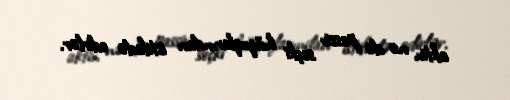
aktiv, nə də passiv seçki hüquqlarından istifadə edirlər.